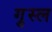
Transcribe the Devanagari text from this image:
गु़स्ल